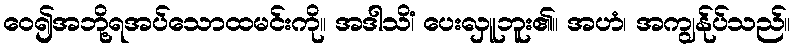
ဝေ၍အဘို့ရအပ်သောထမင်းကို။ အဒါသိံ၊ ပေးလှူဘူး၏။ အဟံ၊ အကျွန်ုပ်သည်။